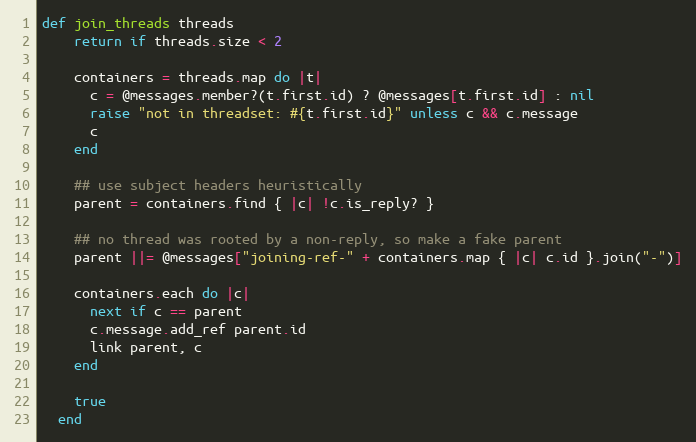
Language: Ruby
def join_threads threads
    return if threads.size < 2

    containers = threads.map do |t|
      c = @messages.member?(t.first.id) ? @messages[t.first.id] : nil
      raise "not in threadset: #{t.first.id}" unless c && c.message
      c
    end

    ## use subject headers heuristically
    parent = containers.find { |c| !c.is_reply? }

    ## no thread was rooted by a non-reply, so make a fake parent
    parent ||= @messages["joining-ref-" + containers.map { |c| c.id }.join("-")]

    containers.each do |c|
      next if c == parent
      c.message.add_ref parent.id
      link parent, c
    end

    true
  end